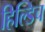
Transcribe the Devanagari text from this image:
हिल्डिच